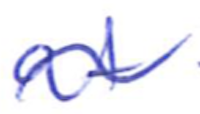
Text: at
Cross-out: wave
Writing tool: ballpoint